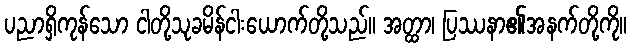
ပညာရှိကုန်သော ငါတို့သုခမိန်ငါးယောက်တို့သည်။ အတ္ထာ၊ ပြဿနာ၏အနက်တို့ကို။